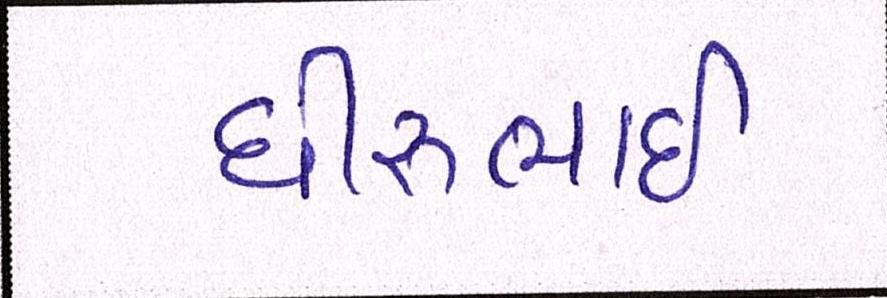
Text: ધીરુભાઇ